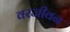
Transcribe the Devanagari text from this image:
वरजीवन